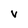
Character: v